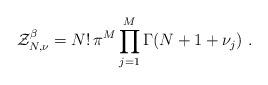
LaTeX: \begin{align*}\mathcal Z_{N,\nu}^\beta=N!\,\pi^M\prod_{j=1}^M\Gamma(N+1+\nu_j)\ .\end{align*}